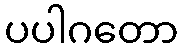
ပပါဂတော